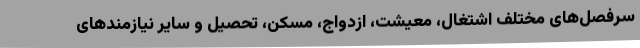
سرفصل‌های مختلف اشتغال، معیشت، ازدواج، مسکن، تحصیل و سایر نیازمندهای